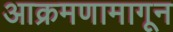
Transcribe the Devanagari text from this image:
आक्रमणामागून